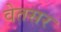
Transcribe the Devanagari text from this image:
वेतसर